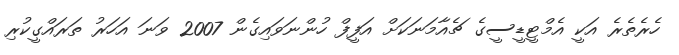
ހެރެތެރެ އަކީ އެމްޓީޑީސީގެ ޗެއާމަނަކަށް އަފީފް ހުންނަވައިގެން 2007 ވަނަ އަހަރު ތަރައްގީކުރި